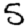
Digit: 5